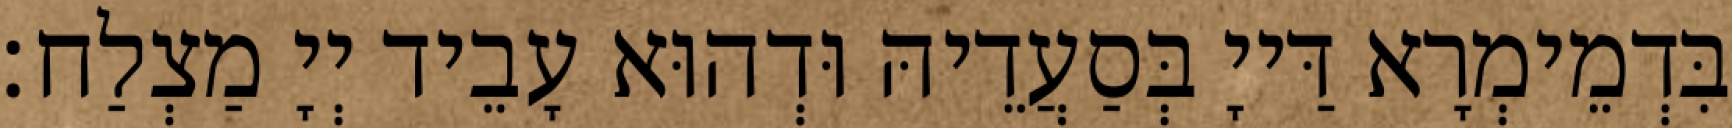
בִּדְמֵימְרָא דַּייָ בְּסַעֲדֵיהּ וּדְהוּא עָבֵיד יְיָ מַצְלַח׃